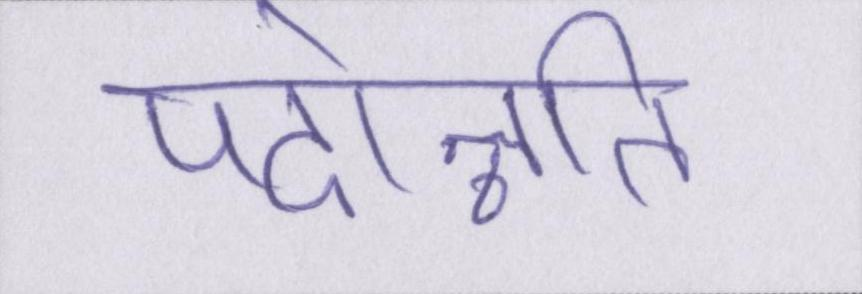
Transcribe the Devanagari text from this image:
पदोन्नति